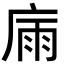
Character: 𢉀